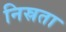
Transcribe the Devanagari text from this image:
निस्रता